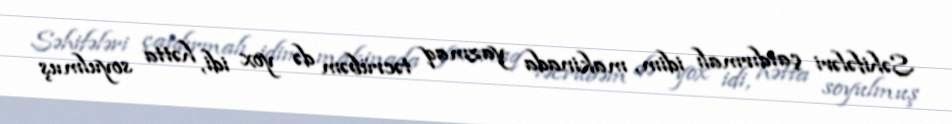
Səhifələri çatdırmalı idim, makinada yazmaq təcrübəm də yox idi, hətta soyulmuş